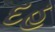
દહ